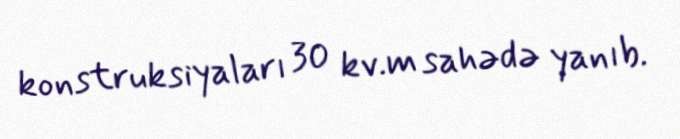
konstruksiyaları 30 kv.m sahədə yanıb.